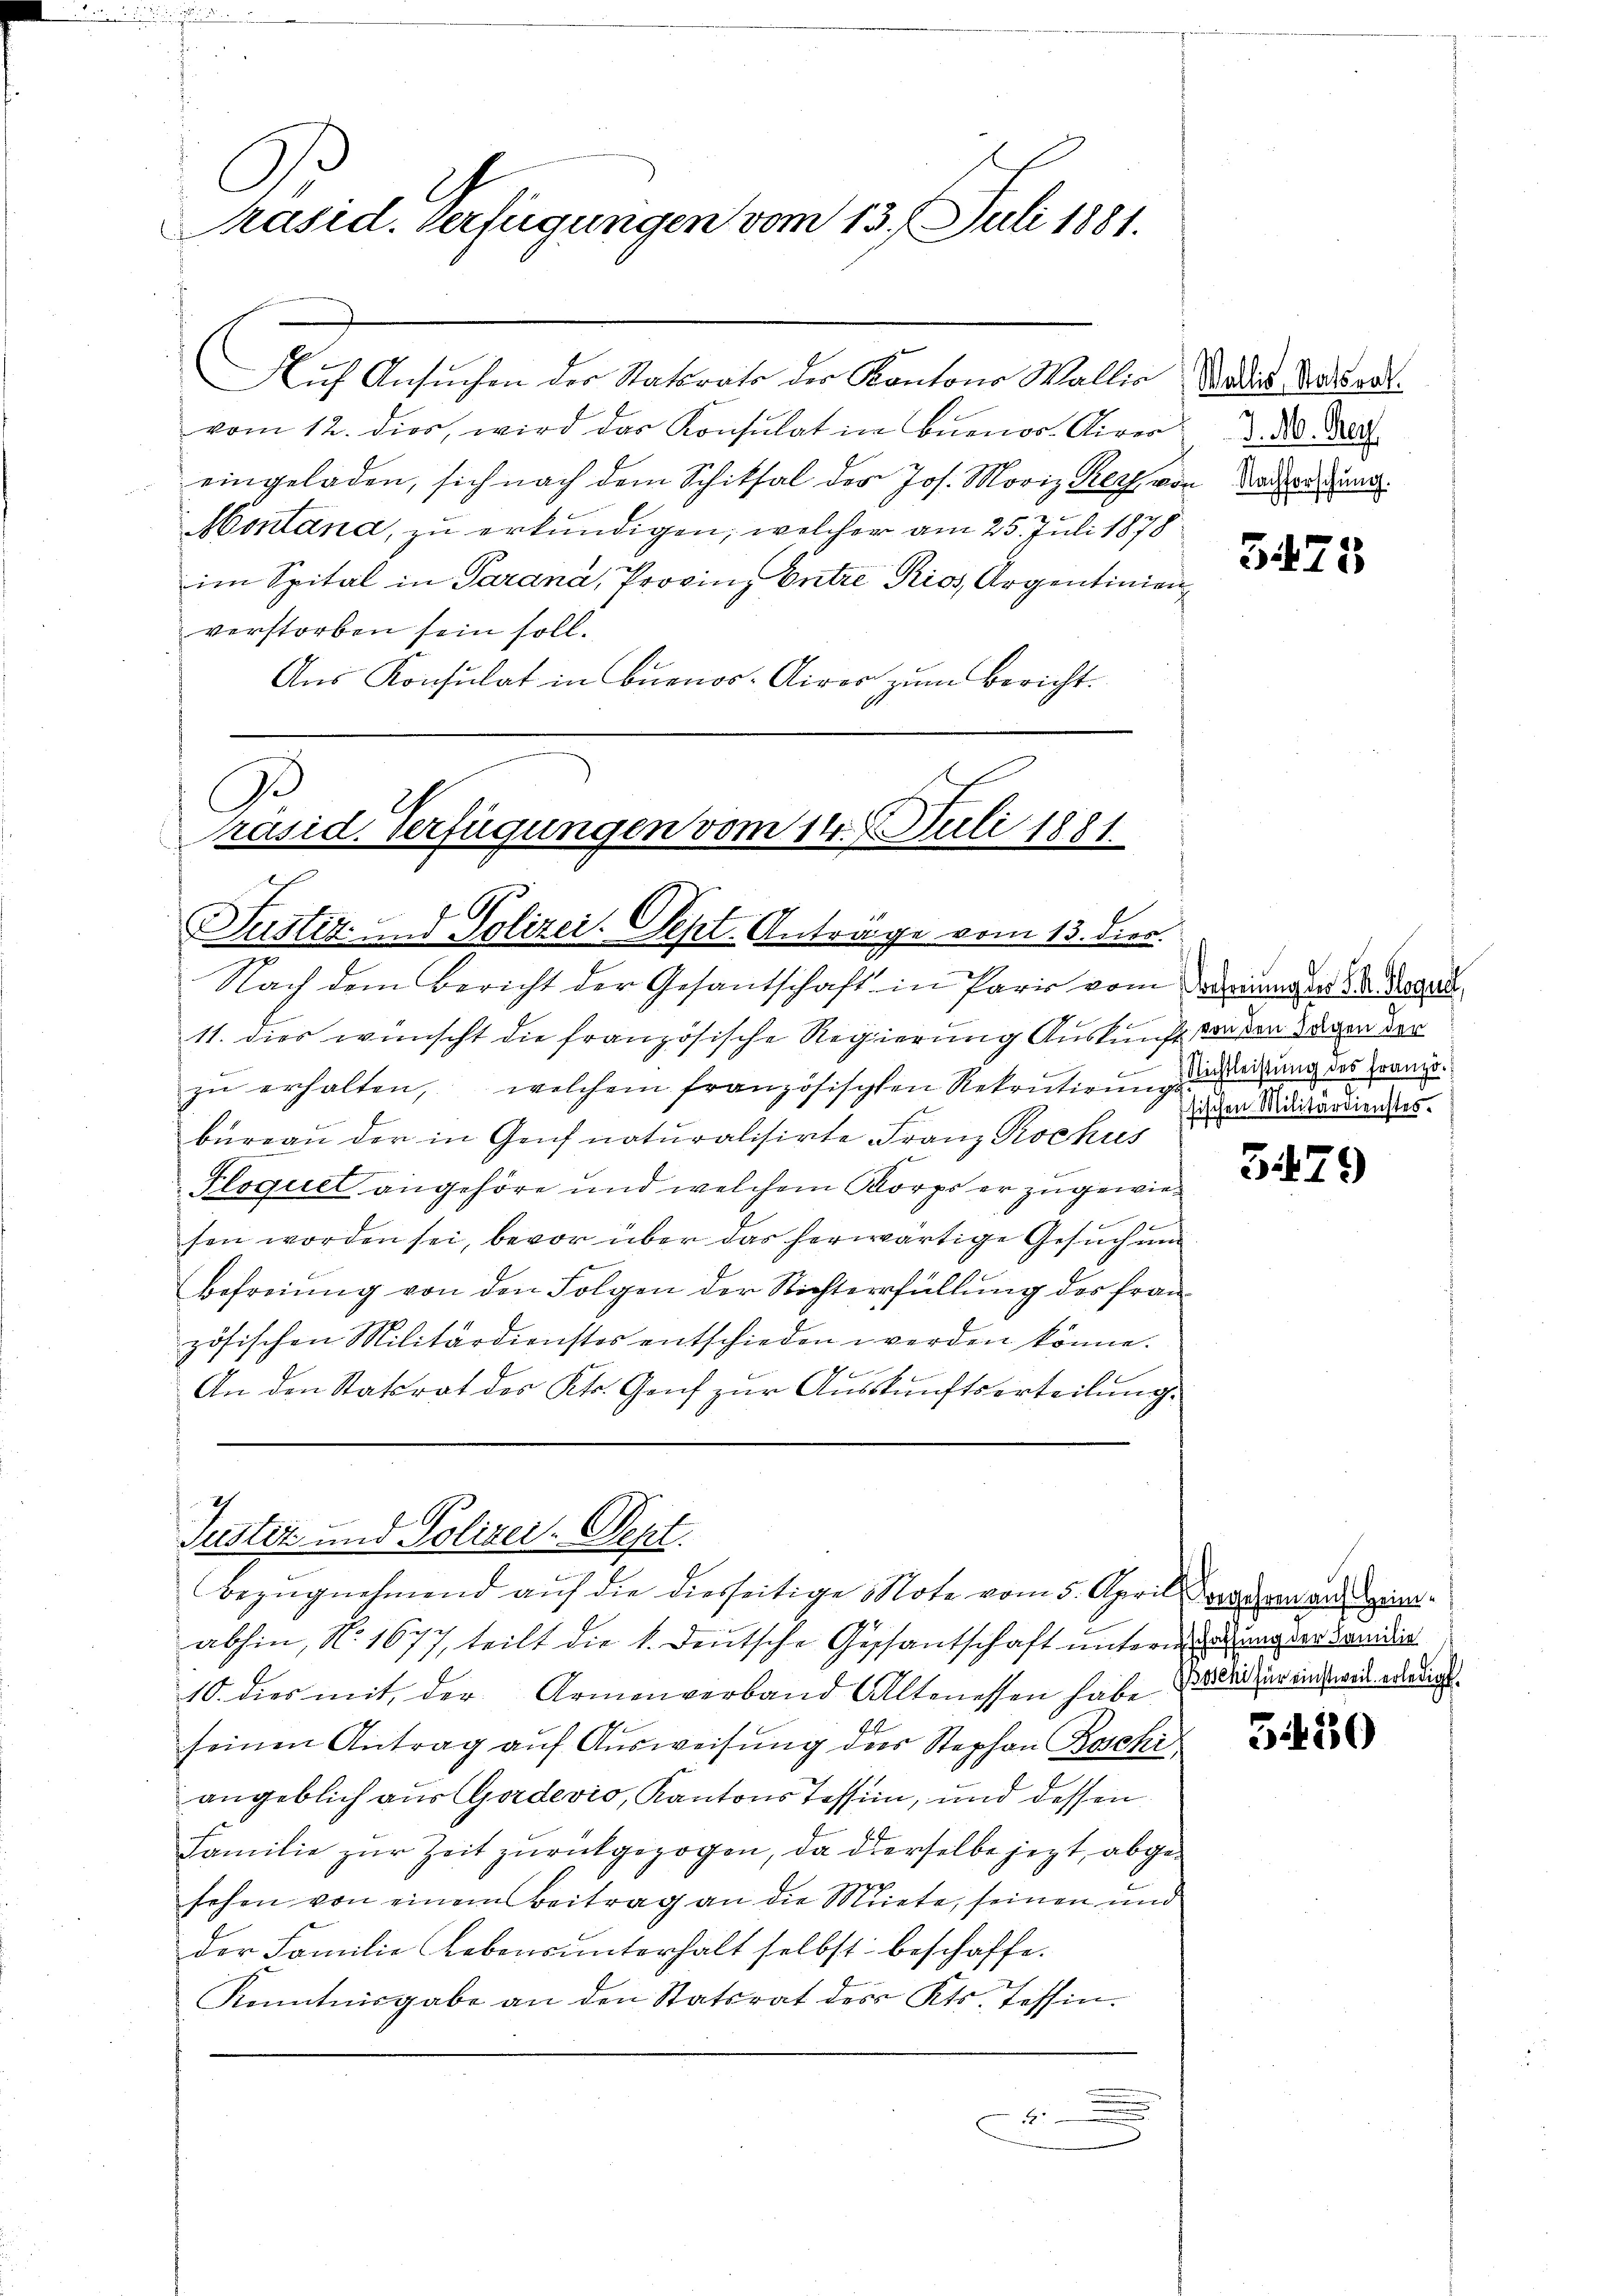
Präsid. Verfügungen vom 13. Juli 1881.

Auf Ansuchen der Statsrats der Kantons Wallio
vom 12. dier, wird das Konsulat in Buenos Airer d. des Ber
eingeladen, sich nach dem Schiksal der Jos. Moriz Keil von Verordnung.
Montana, zu erkundigen; welcher am 25. Juli 1878
im Spital in Parana, Provinz Entre Pios, Argentinien,
verstorben sein soll.
Aus Konsulat in Buenos-Aires zum Bericht.

Präsid. Verfügungen vom 14. Juli 1881
Justiz- und Polizei-Sept. Antrage vom 13. dien.

Justiz und Polizer-Sept.
bezŭgnehmend aŭf die diesseitige Note vom 5. April an die¬

Nach dem Bericht der Gesantschaft in Pari vom Warnung und Doppel
11. dies wünscht die französische Regierung Auskunft an den Tagen der
zŭ erhalten, welchem französischten Rekrutionen, der leidung des Transbüreaŭ der in Genf naturalisirte Franz Rochus
Ploquet angehöre und welchem Korps er zugewiesen worden sei, bevor über das herwärtige Gesuch und
Befreiung von den Folgen der Richterfüllung des französischen Militärdienstos entschieden werden könne.
An den Statsrat des Kts. Genf zŭr Aŭsskunftserteilung.

abhin, No. 1677, teilt die k. deutsche Gessantschaft unterm drung der Bandi
10. dies mit der Armenverband Altenessen habe Pradieser einstweil wenigst
seinen Antrag auf Ausweisung des Stephan Roschi
angeblich aus Gardevio, Kantons Tessin, und dessen
Familie zur Zeit zurückgezogen, da derselbe jezt, abgesehen von einem Beitrag an die Miete, seinen und
der Familie Lebensunterhalt selbst beschaffe.
Kenntnisgabe an den Statsrat des Kts. Tessin.
t

Wallis, Statsrat.

3475

fischen Militärdienstes.

3479

5450